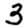
Digit: 3